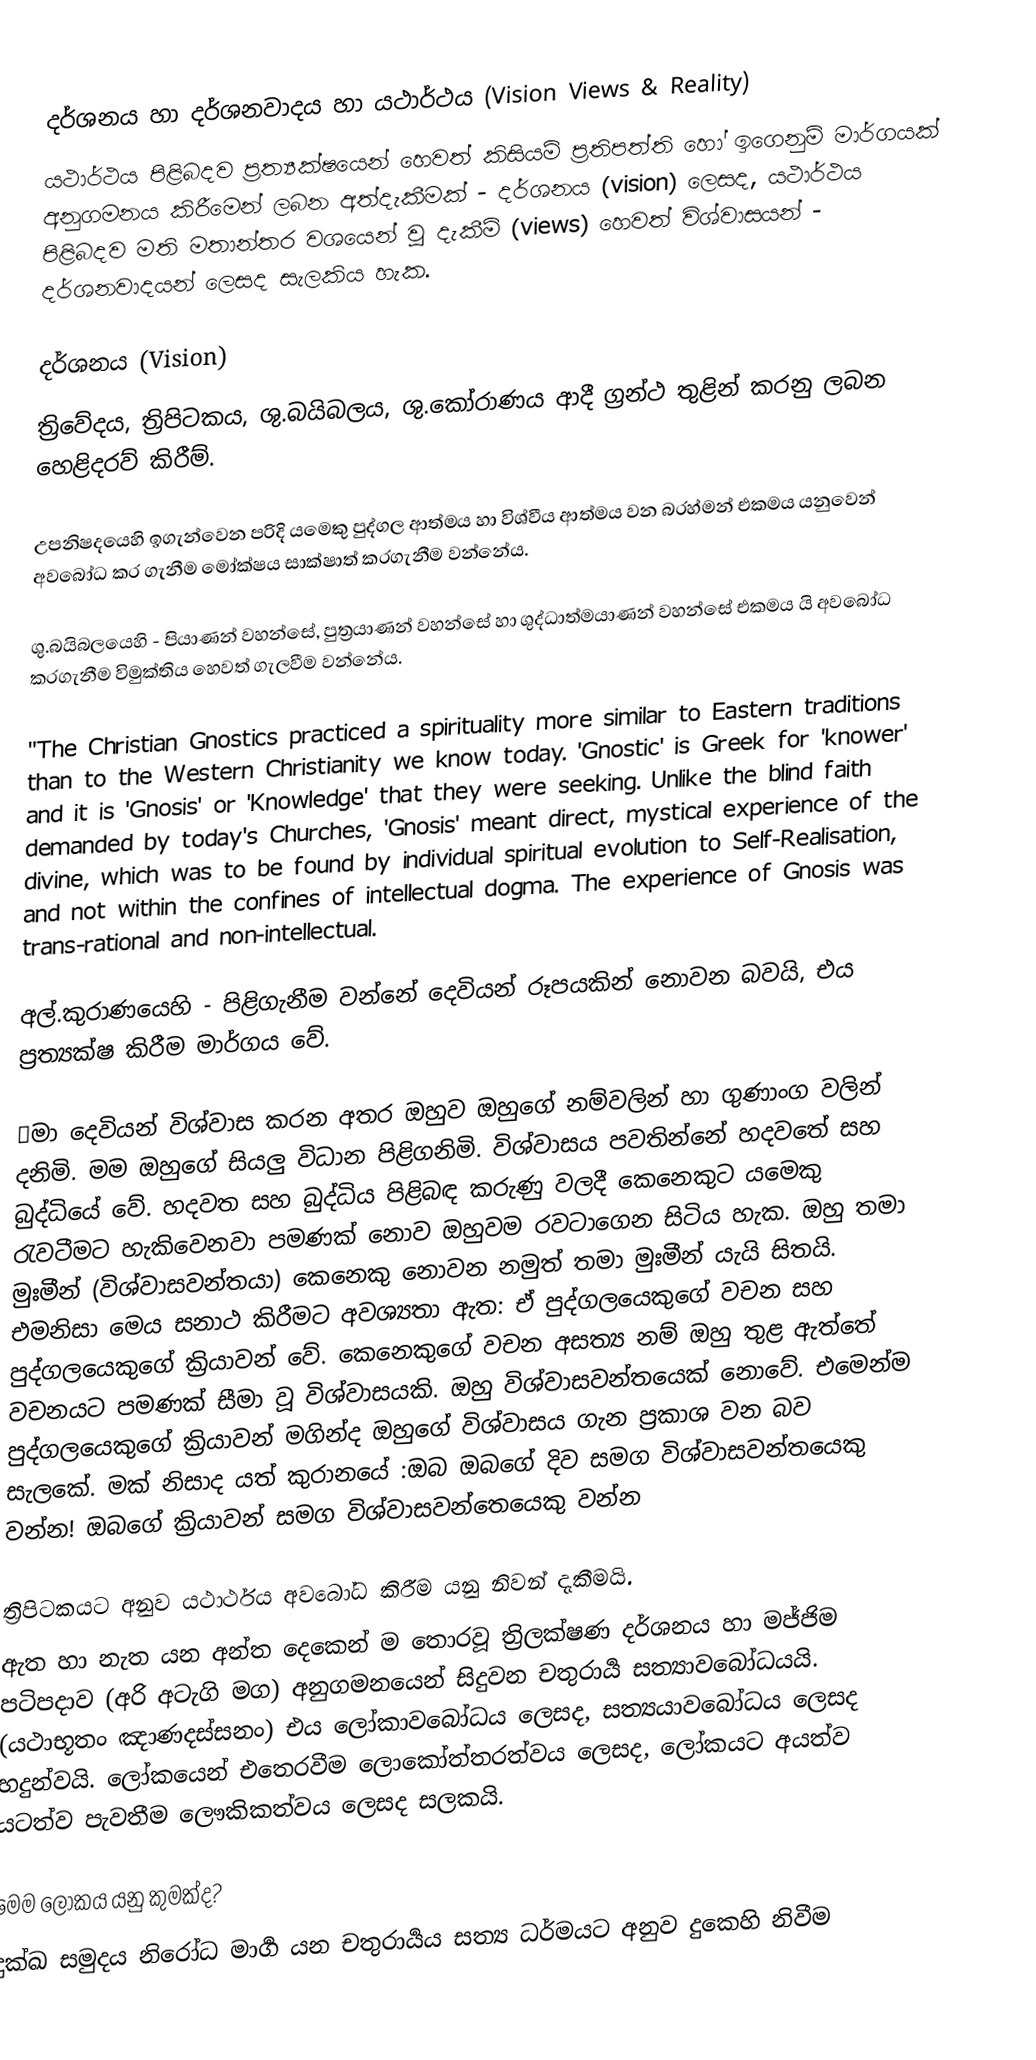

දර්ශනය හා දර්ශනවාදය හා යථාර්ථය (Vision Views & Reality)
යථාර්ථය පිළිබදව ප්‍රත්‍යක්ෂයෙන් හෙවත් කිසියම් ප්‍රතිපත්ති හෝ ඉගෙනුම් මාර්ගයක් අනුගමනය කිරීමෙන් ලබන අත්දැකීමක් - දර්ශනය (vision) ලෙසද, යථාර්ථය පිළිබදව මති මතාන්තර වශයෙන් වූ දැකීම් (views) හෙවත් විශ්වාසයන් - දර්ශනවාදයන් ලෙසද සැලකිය හැක.

දර්ශනය (Vision)
ත්‍රිවේදය, ත්‍රිපිටකය, ශු.බයිබලය, ශු.කෝරාණය ආදී ග්‍රන්ථ තුළින් කරනු ලබන හෙළිදරව් කිරීම්.

උපනිෂදයෙහි ඉගැන්වෙන පරිදි යමෙකු පුද්ගල ආත්මය හා විශ්වීය ආත්මය වන බ‍්‍රහ්මන් එකමය යනුවෙන් අවබෝධ කර ගැනීම මෝක්ෂය සාක්ෂාත් කරගැනීම වන්නේය.

ශු.බයිබලයෙහි - පියාණන් වහන්සේ, පුත්‍රයාණන් වහන්සේ හා ශුද්ධාත්මයාණන් වහන්සේ එකමය යි අවබෝධ කරගැනීම විමුක්තිය හෙවත් ගැලවීම වන්නේය.

"The Christian Gnostics practiced a spirituality more similar to Eastern traditions than to the Western Christianity we know today. 'Gnostic' is Greek for 'knower' and it is 'Gnosis' or 'Knowledge' that they were seeking. Unlike the blind faith demanded by today's Churches, 'Gnosis' meant direct, mystical experience of the divine, which was to be found by individual spiritual evolution to Self-Realisation, and not within the confines of intellectual dogma. The experience of Gnosis was trans-rational and non-intellectual.

අල්.කුරාණයෙහි - පිළිගැනීම වන්නේ දෙවියන් රූපයකින් නොවන බවයි, එය ප්‍රත්‍යක්ෂ කිරීම මාර්ගය වේ.

☀මා දෙවියන් විශ්වාස කරන අතර ඔහුව ඔහුගේ නම්වලින් හා ගුණාංග වලින් දනිමි. මම ඔහුගේ සියලු විධාන පිළිගනිමි.  විශ්වාසය පවතින්නේ හදවතේ සහ බුද්ධියේ වේ. හදවත සහ බුද්ධිය පිළිබඳ කරුණු වලදී කෙනෙකුට යමෙකු රැවටීමට හැකිවෙනවා පමණක් නොව ඔහුවම රවටාගෙන සිටිය හැක. ඔහු තමා මුඃමීන් (විශ්වාසවන්තයා) කෙනෙකු නොවන නමුත් තමා මුඃමීන් යැයි සිතයි. එමනිසා මෙය සනාථ කිරීමට අවශ්‍යතා ඇත: ඒ පුද්ගලයෙකුගේ වචන සහ පුද්ගලයෙකුගේ ක්‍රියාවන් වේ. කෙනෙකුගේ වචන අසත්‍ය නම් ඔහු තුළ ඇත්තේ වචනයට පමණක් සීමා වූ විශ්වාසයකි. ඔහු විශ්වාසවන්තයෙක් නොවේ. එමෙන්ම පුද්ගලයෙකුගේ ක්‍රියාවන් මගින්ද ඔහුගේ විශ්වාසය ගැන ප්‍රකාශ වන බව සැලකේ. මක් නිසාද යත් කුරානයේ :ඔබ ඔබගේ දිව සමග විශ්වාසවන්තයෙකු වන්න! ඔබගේ ක්‍රියාවන් සමග විශ්වාසවන්තෙයෙකු වන්න

ත්‍රිපිටකයට අනුව යථාර්ථය අවබෝධ කිරීම යනු නිවන් දැකීමයි.
ඇත හා නැත යන අන්ත දෙකෙන් ම තොරවූ ත්‍රිලක්ෂණ දර්ශනය හා මජ්ජිම පටිපදාව (අරි අටැගි මග) අනුගමනයෙන් සිදුවන චතුරාර්‍ය සත්‍යාවබෝධයයි. (යථාභූතං ඤාණදස්සනං) එය ලෝකාවබෝධය ලෙසද, සත්‍යයාවබෝධය ලෙසද හදුන්වයි. ලෝකයෙන් එතෙරවීම ලොකෝත්තරත්වය ලෙසද, ලෝකයට අයත්ව යටත්ව පැවතීම ලෞකිකත්වය ලෙසද සලකයි.

මෙම ලෝකය යනු කුමක්ද?
දුක්ඛ සමුදය නිරෝධ මාර්‍ග යන චතුරාර්‍යය සත්‍ය ධර්මයට අනුව දුකෙහි නිවීම